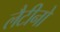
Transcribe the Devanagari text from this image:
लैटीनो